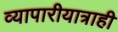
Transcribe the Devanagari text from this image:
व्यापारीयात्राही